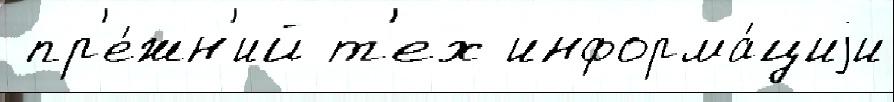
 пр'е́жн'ий т'ех информа́циjи